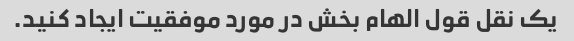
یک نقل قول الهام بخش در مورد موفقیت ایجاد کنید.